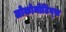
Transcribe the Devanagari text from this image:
लोकोमोटिव्स